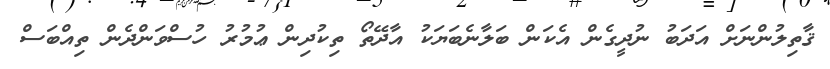
ޤާތިލުންނަށް އަދަބު ނުދީގެން އެކަން ބަލާނެބަޔަކު އާދޭތޯ ތިކުދިން ޢުމުރު ހުސްވަންދެން ތިއްބަސް